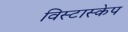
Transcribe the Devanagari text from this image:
विस्टास्केप